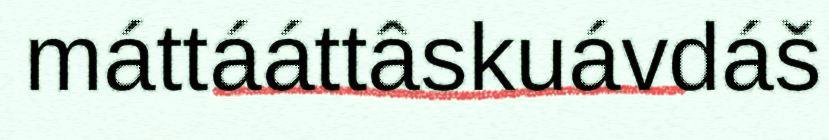
máttááttâskuávdáš